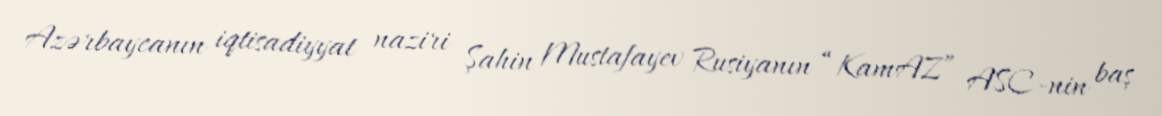
Azərbaycanın iqtisadiyyat naziri Şahin Mustafayev Rusiyanın “KamAZ” ASC-nin baş